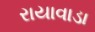
રાયાવાડા